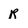
Character: R